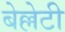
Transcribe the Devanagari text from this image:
बेल्लेटी